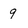
Character: 9